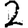
Digit: 2